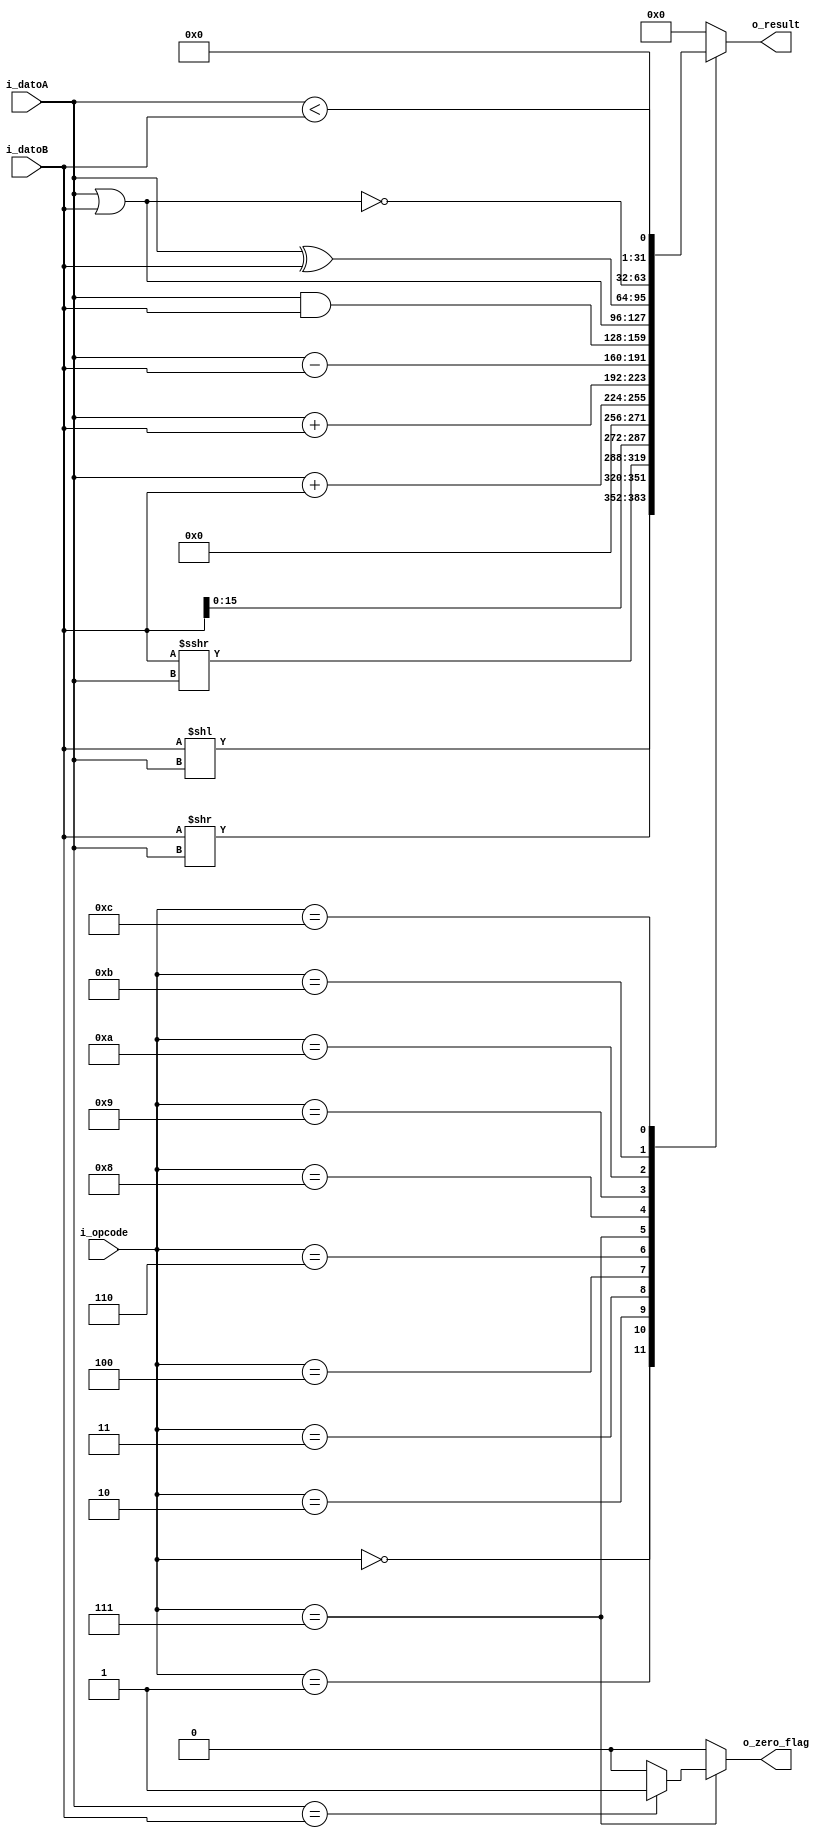
`timescale 1ns / 1ps
//////////////////////////////////////////////////////////////////////////////////
// Company: 
// Engineer: 
// 
// Design Name: 
// Module Name: alu
// Project Name: 
// Target Devices: 
// Tool Versions: 
// Description: 
// 
// Dependencies: 
// 
// Revision:
// Revision 0.01 - File Created
// Additional Comments:
// 
//////////////////////////////////////////////////////////////////////////////////
module alu
#(
    parameter LEN=32,
    parameter NB_ALU_CONTROL=4
)
(
    input [LEN-1:0] i_datoA,
    input [LEN-1:0] i_datoB,
    input [NB_ALU_CONTROL-1:0] i_opcode,
    output reg [LEN-1:0] o_result,
    output reg o_zero_flag
);

reg signed [LEN-1:0] signed_datoA;
reg signed [LEN-1:0] signed_datoB;

always @(*) begin
    signed_datoA = i_datoA;
    signed_datoB = i_datoB;
end

always @(*)
	begin
		o_zero_flag = 0;

		case (i_opcode)
		    4'b 0000: o_result = i_datoB << i_datoA; //SLL SLLV (shift left)
		    4'b 0001: o_result = i_datoB >> i_datoA; //SRL SRLV (right logico)
		    4'b 0010: o_result = i_datoB >>> i_datoA; //SRA SRAV(right aritmetico)
		    4'b 0011: o_result = i_datoB << 16; //LUI //PROBAR QUE NO SEA CIRCULAR SI NO CONCATENAR 00
		    4'b 0100: o_result = signed_datoA + signed_datoB; //ADDI
		    4'b 0110: o_result = i_datoA + i_datoB; //ADDU 
			4'b 0111: 
			begin
			     o_result = i_datoA - i_datoB; //SUBU
			     o_zero_flag = (i_datoA==i_datoB) ? 1'b1 : 1'b0; //BRANCH
            end
			4'b 1000: o_result = i_datoA & i_datoB; //AND
			4'b 1001: o_result = i_datoA | i_datoB; //OR
			4'b 1010: o_result = i_datoA ^ i_datoB; // XOR
			4'b 1011: o_result = ~(i_datoA | i_datoB); //NOR		
			4'b 1100: o_result = signed_datoA < signed_datoB; //SLT SLTI
			default: o_result = 0;
		endcase	
	end

    
endmodule